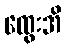
ထွေးအိ